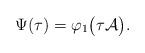
LaTeX: \begin{align*}\Psi(\tau) = \varphi_1\big(\tau \mathcal{A}\big) .\end{align*}